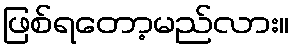
ဖြစ်ရတော့မည်လား။